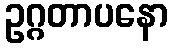
ဥဂ္ဂတာပနော